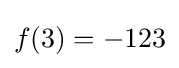
f(3)=-123